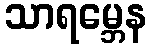
သာရမ္ဘေန